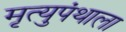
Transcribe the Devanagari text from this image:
मृत्युपंथाला